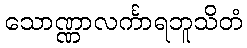
သောဏ္ဏာလင်္ကာရဘူသိတံ